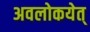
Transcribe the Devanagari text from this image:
अवलोकयेत्